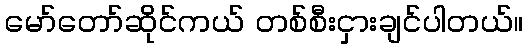
မော်တော်ဆိုင်ကယ် တစ်စီးငှားချင်ပါတယ်။